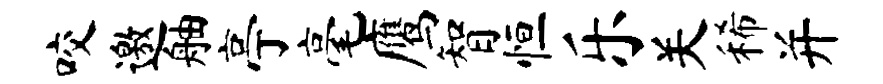
咬邀舳亭毫鹰智恒乐关稀并